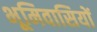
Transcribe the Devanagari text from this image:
भूमिवासियों